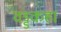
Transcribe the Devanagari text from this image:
वड्डकहा